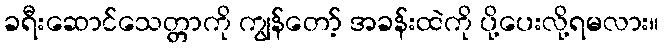
ခရီးဆောင်သေတ္တာကို ကျွန်တော့် အခန်းထဲကို ပို့ပေးလို့ရမလား။